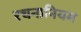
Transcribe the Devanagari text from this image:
रचनानियम